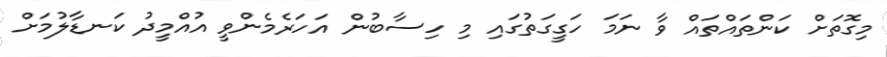
މިގޮތަށް ކަންތައްތައް ވާ ނަމަ ހަގީގަތުގައި މި ހިސާބުން އަހަރެމެންވީ އުއްމީދު ކަނޑާލުމަށް